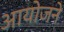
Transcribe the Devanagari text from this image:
आयोजने